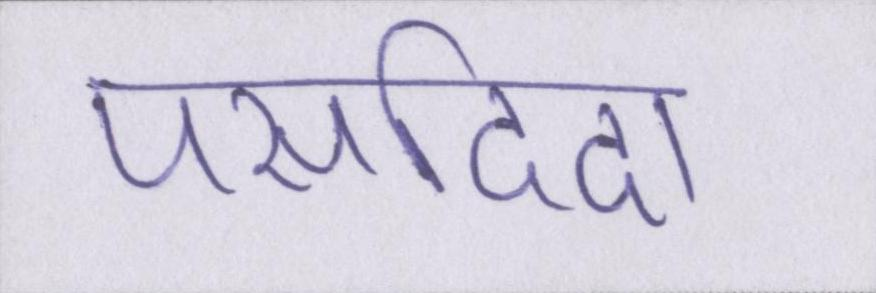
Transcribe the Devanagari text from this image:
पसदिदा